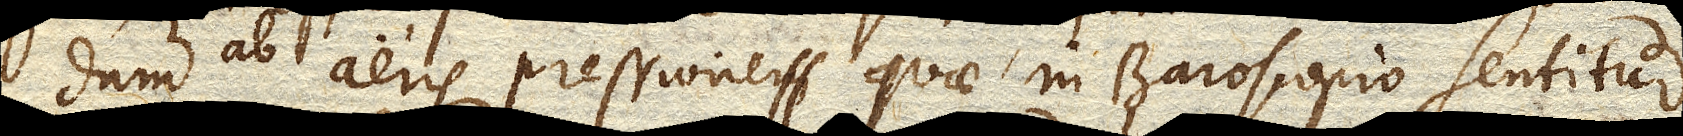
dum, ab aeris pressione quae in Baroscopio sentitur